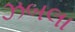
ઝબલા